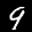
Label: 9